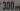
300m